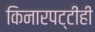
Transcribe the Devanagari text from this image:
किनारपट्टीही